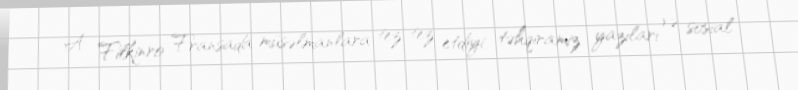
A. Filkinro Fransada müsəlmanlara tez-tez etdiyi təhqiramiz yazıları və sosial